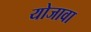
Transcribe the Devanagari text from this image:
योजावा